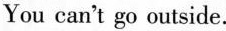
You can't go outside.